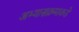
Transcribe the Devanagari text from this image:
अभ्यासक्रमाकडे